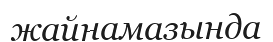
жайнамазында